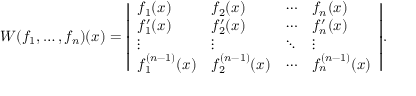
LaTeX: W ( f _ { 1 } , \ldots , f _ { n } ) ( x ) = { \left| \begin{array} { l l l l } { f _ { 1 } ( x ) } & { f _ { 2 } ( x ) } & { \cdots } & { f _ { n } ( x ) } \\ { f _ { 1 } ^ { \prime } ( x ) } & { f _ { 2 } ^ { \prime } ( x ) } & { \cdots } & { f _ { n } ^ { \prime } ( x ) } \\ { \vdots } & { \vdots } & { \ddots } & { \vdots } \\ { f _ { 1 } ^ { ( n - 1 ) } ( x ) } & { f _ { 2 } ^ { ( n - 1 ) } ( x ) } & { \cdots } & { f _ { n } ^ { ( n - 1 ) } ( x ) } \end{array} \right| } .